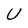
Character: U